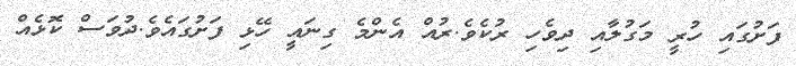
ފަށުގައި ހުރީ މަގުލާއި ދިވެހި ރުކެވެ.ރުއް އެންމެ ގިނައީ ހޭޅި ފަށުގައެވެ.ދުވަސް ކޮޅެއް